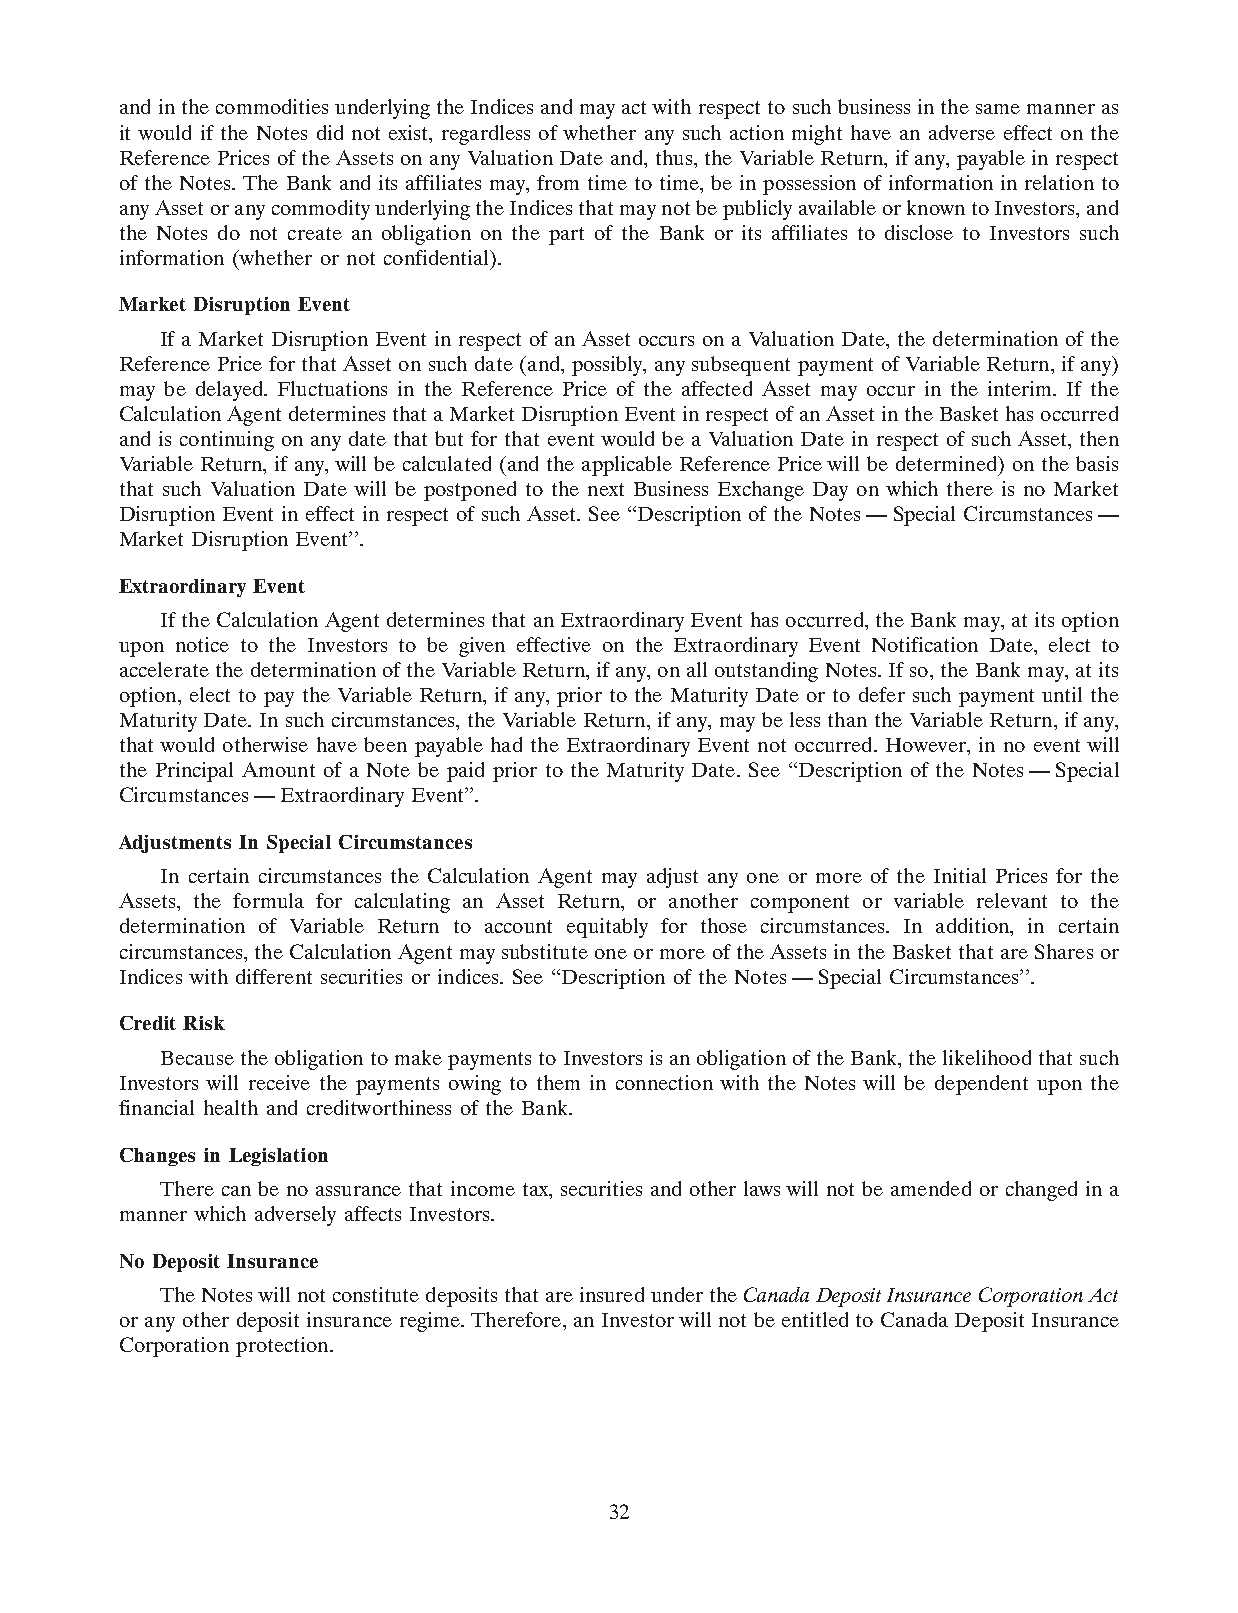
and in the commodities underlying the Indices and may act with respect to such business in the same manner as
 it would if the Notes did not exist, regardless of whether any such action might have an adverse effect on the
 Reference Prices of the Assets on any Valuation Date and, thus, the Variable Return, if any, payable in respect
 of the Notes. The Bank and its affiliates may, from time to time, be in possession of information in relation to
 any Asset or any commodity underlying the Indices that may not be publicly available or known to Investors, and
 the Notes do not create an obligation on the part of the Bank or its affiliates to disclose to Investors such
 information (whether or not confidential).
 Market Disruption Event
 If a Market Disruption Event in respect of an Asset occurs on a Valuation Date, the determination of the
 Reference Price for that Asset on such date (and, possibly, any subsequent payment of Variable Return, if any)
 may be delayed. Fluctuations in the Reference Price of the affected Asset may occur in the interim. If the
 Calculation Agent determines that a Market Disruption Event in respect of an Asset in the Basket has occurred
 and is continuing on any date that but for that event would be a Valuation Date in respect of such Asset, then
 Variable Return, if any, will be calculated (and the applicable Reference Price will be determined) on the basis
 that such Valuation Date will be postponed to the next Business Exchange Day on which there is no Market
 Disruption Event in effect in respect of such Asset. See ‘‘Description of the Notes—Special Circumstances—
 Market Disruption Event’’.
 Extraordinary Event
 If the Calculation Agent determines that an Extraordinary Event has occurred, the Bank may, at its option
 upon notice to the Investors to be given effective on the Extraordinary Event Notification Date, elect to
 accelerate the determination of the Variable Return, if any, on all outstanding Notes. If so, the Bank may, at its
 option, elect to pay the Variable Return, if any, prior to the Maturity Date or to defer such payment until the
 Maturity Date. In such circumstances, the Variable Return, if any, may be less than the Variable Return, if any,
 that would otherwise have been payable had the Extraordinary Event not occurred. However, in no event will
 the Principal Amount of a Note be paid prior to the Maturity Date. See ‘‘Description of the Notes—Special
 Circumstances—Extraordinary Event’’.
 Adjustments In Special Circumstances
 In certain circumstances the Calculation Agent may adjust any one or more of the Initial Prices for the
 Assets, the formula for calculating an Asset Return, or another component or variable relevant to the
 determination of Variable Return to account equitably for those circumstances. In addition, in certain
 circumstances, the Calculation Agent may substitute one or more of the Assets in the Basket that are Shares or
 Indices with different securities or indices. See ‘‘Description of the Notes—Special Circumstances’’.
 Credit Risk
 Because the obligation to make payments to Investors is an obligation of the Bank, the likelihood that such
 Investors will receive the payments owing to them in connection with the Notes will be dependent upon the
 financial health and creditworthiness of the Bank.
 Changes in Legislation
 There can be no assurance that income tax, securities and other laws will not be amended or changed in a
 manner which adversely affects Investors.
 No Deposit Insurance
 The Notes will not constitute deposits that are insured under the Canada Deposit Insurance Corporation Act
 or any other deposit insurance regime. Therefore, an Investor will not be entitled to Canada Deposit Insurance
 Corporation protection.
 32